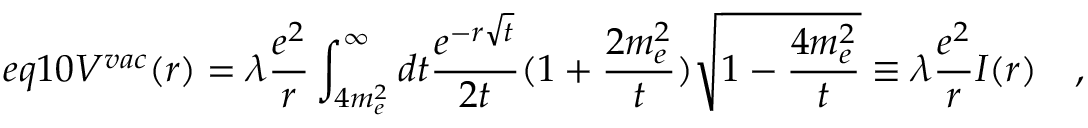
e q 1 0 V ^ { v a c } ( r ) = \lambda \frac { e ^ { 2 } } { r } \int _ { 4 m _ { e } ^ { 2 } } ^ { \infty } d t \frac { e ^ { - r \sqrt { t } } } { 2 t } ( 1 + \frac { 2 m _ { e } ^ { 2 } } { t } ) \sqrt { 1 - \frac { 4 m _ { e } ^ { 2 } } { t } } \equiv \lambda \frac { e ^ { 2 } } { r } I ( r ) \quad ,